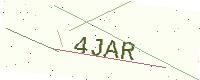
Text: 4JAR